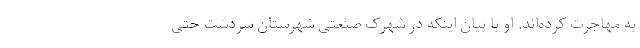
به مهاجرت کرده‌اند. او با بیان اینکه در شهرک صنعتی شهرستان سردشت حتی